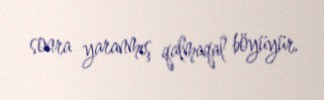
sonra yaranmış qalmaqal böyüyür.